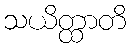
သယိတ္ထာတိ